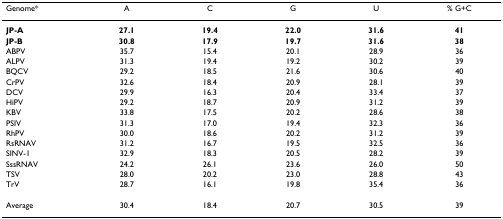
| Genome* | A | C | G | U | % G+C |
 | --- | --- | --- | --- | --- | --- |
 | JP-A | 27.1 | 19.4 | 22.0 | 31.6 | 41 |
 | JP-B | 30.8 | 17.9 | 19.7 | 31.6 | 38 |
 | ABPV | 35.7 | 15.4 | 20.1 | 28.9 | 36 |
 | ALPV | 31.3 | 19.4 | 19.2 | 30.2 | 39 |
 | BQCV | 29.2 | 18.5 | 21.6 | 30.6 | 40 |
 | CrPV | 32.6 | 18.4 | 20.9 | 28.1 | 39 |
 | DCV | 29.9 | 16.3 | 20.4 | 33.4 | 37 |
 | HiPV | 29.2 | 18.7 | 20.9 | 31.2 | 39 |
 | KBV | 33.8 | 17.5 | 20.2 | 28.6 | 38 |
 | PSIV | 31.3 | 17.0 | 19.4 | 32.3 | 36 |
 | RhPV | 30.0 | 18.6 | 20.2 | 31.2 | 39 |
 | RsRNAV | 31.2 | 16.7 | 19.5 | 32.5 | 36 |
 | SINV-1 | 32.9 | 18.3 | 20.5 | 28.2 | 39 |
 | SssRNAV | 24.2 | 26.1 | 23.6 | 26.0 | 50 |
 | TSV | 28.0 | 20.2 | 23.0 | 28.8 | 43 |
 | TrV | 28.7 | 16.1 | 19.8 | 35.4 | 36 |
 | Average | 30.4 | 18.4 | 20.7 | 30.5 | 39 |